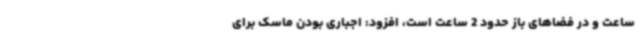
ساعت و در فضاهای باز حدود 2 ساعت است، افزود: اجباری بودن ماسک برای